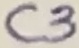
Text: C3